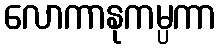
လောကာနုကမ္ပကာ